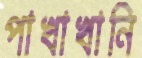
পাখাখানি